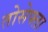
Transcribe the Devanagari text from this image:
तोसेफ्ता